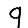
Digit: 9